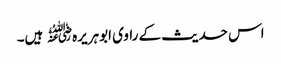
اس حدیث کے راوی ابوہریرہ﷜ ہیں۔